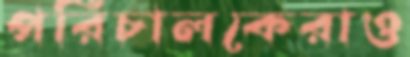
পরিচালকেরাও